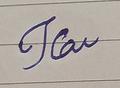
Signature authenticity: forged